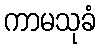
ကာမသုခံ